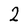
Character: 2